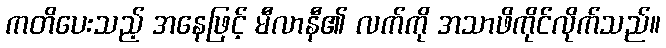
ကတိပေးသည့် အနေဖြင့် မီလာနီ၏ လက်ကို အသာဖိကိုင်လိုက်သည်။